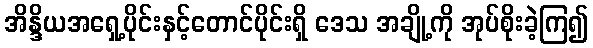
အိန္ဒိယအရှေ့ပိုင်းနှင့်တောင်ပိုင်းရှိ ဒေသ အချို့ကို အုပ်စိုးခဲ့ကြ၍